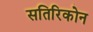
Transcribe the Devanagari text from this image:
सतिरिकोन